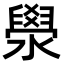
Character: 澩